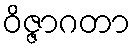
ဝိဇ္ဇာဂတာ